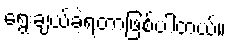
ရွေးချယ်ခဲ့ရတာဖြစ်ပါတယ်။